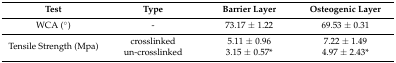
<table><thead><tr><td><b>Test</b></td><td><b>Type</b></td><td><b>Barrier Layer</b></td><td><b>Osteogenic Layer</b></td></tr></thead><tbody><tr><td>WCA (°)</td><td>-</td><td>73.17 ± 1.22</td><td>69.53 ± 0.31</td></tr><tr><td rowspan="2">Tensile Strength (Mpa)</td><td>crosslinked</td><td>5.11 ± 0.96</td><td>7.22 ± 1.49 </td></tr><tr><td>un-crosslinked</td><td>3.15 ± 0.57* </td><td>4.97 ± 2.43*</td></tr></tbody></table>